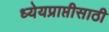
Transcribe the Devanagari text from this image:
ध्येयप्राप्तीसाठी